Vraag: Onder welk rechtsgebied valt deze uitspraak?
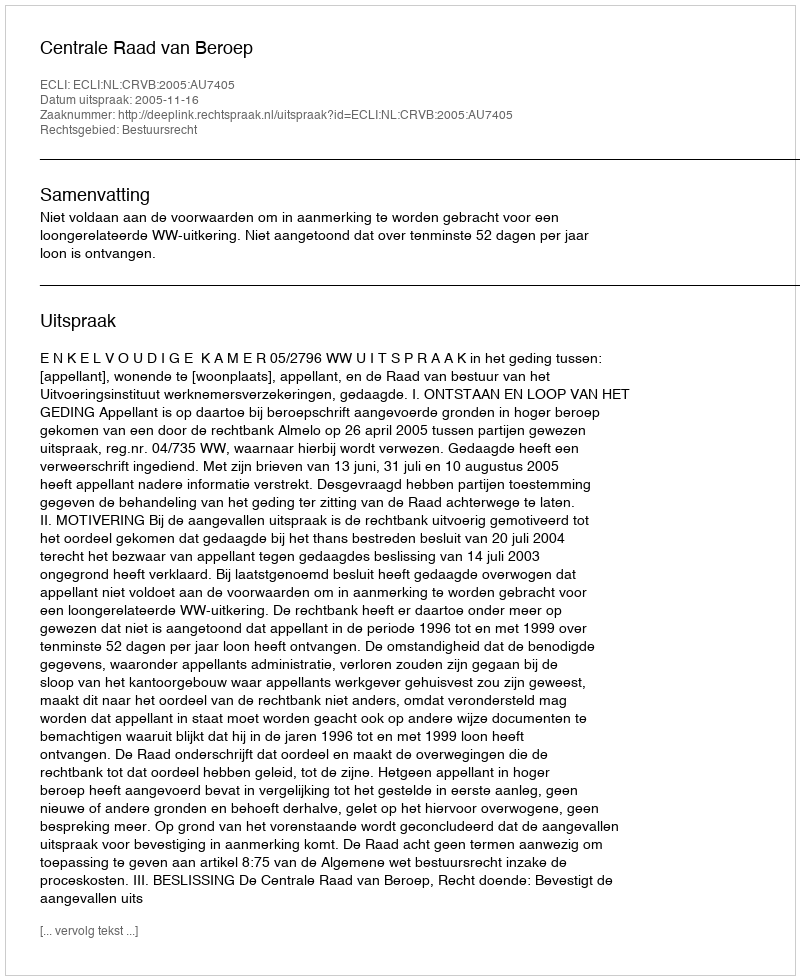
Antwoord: Bestuursrecht